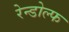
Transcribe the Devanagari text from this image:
रेन्डोल्फ